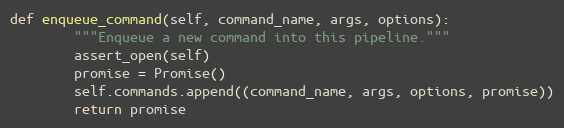
Language: Python
def enqueue_command(self, command_name, args, options):
        """Enqueue a new command into this pipeline."""
        assert_open(self)
        promise = Promise()
        self.commands.append((command_name, args, options, promise))
        return promise